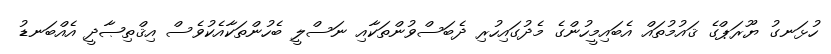
ހުޅަނގު ޔޫރަޕްގެ ޤައުމުތައް އެބައިމީހުންގެ މެދުގައިހުރި ދެބަސްވުންތަކާއި ނަސްލީ ބެހުންތަކާއެކުވެސް އިޤްތިޞާދީ އެއްބަނޑު